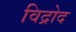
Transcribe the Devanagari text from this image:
विद्रोद